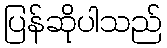
ပြန်ဆိုပါသည်